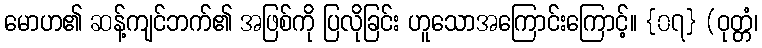
မောဟ၏ ဆန့်ကျင်ဘက်၏ အဖြစ်ကို ပြလိုခြင်း ဟူသောအကြောင်းကြောင့်။ {၀၇} (ဝုတ္တံ၊